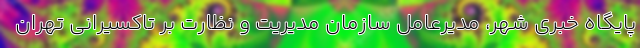
پایگاه خبری شهر، مدیرعامل سازمان مدیریت و نظارت بر تاکسیرانی تهران